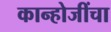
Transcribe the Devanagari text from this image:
कान्होजींचा